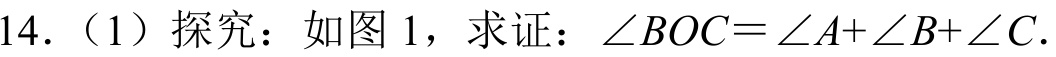
14. （1）探究：如图 1，求证：\(\angle BOC=\angle A+\angle B+\angle C\).